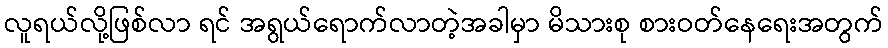
လူရယ်လို့ဖြစ်လာ ရင် အရွယ်ရောက်လာတဲ့အခါမှာ မိသားစု စားဝတ်နေရေးအတွက်